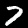
Digit: 7